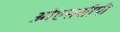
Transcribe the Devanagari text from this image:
ओएससीपी